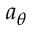
a _ { \theta }